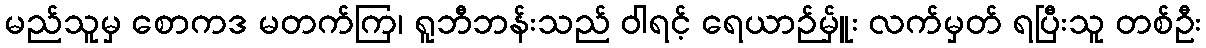
မည်သူမှ စောကဒ မတက်ကြ၊ ရူဘီဘန်းသည် ဝါရင့် ရေယာဉ်မ်ှူး လက်မှတ် ရပြီးသူ တစ်ဦး